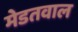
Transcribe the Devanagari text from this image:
मेडतवाल